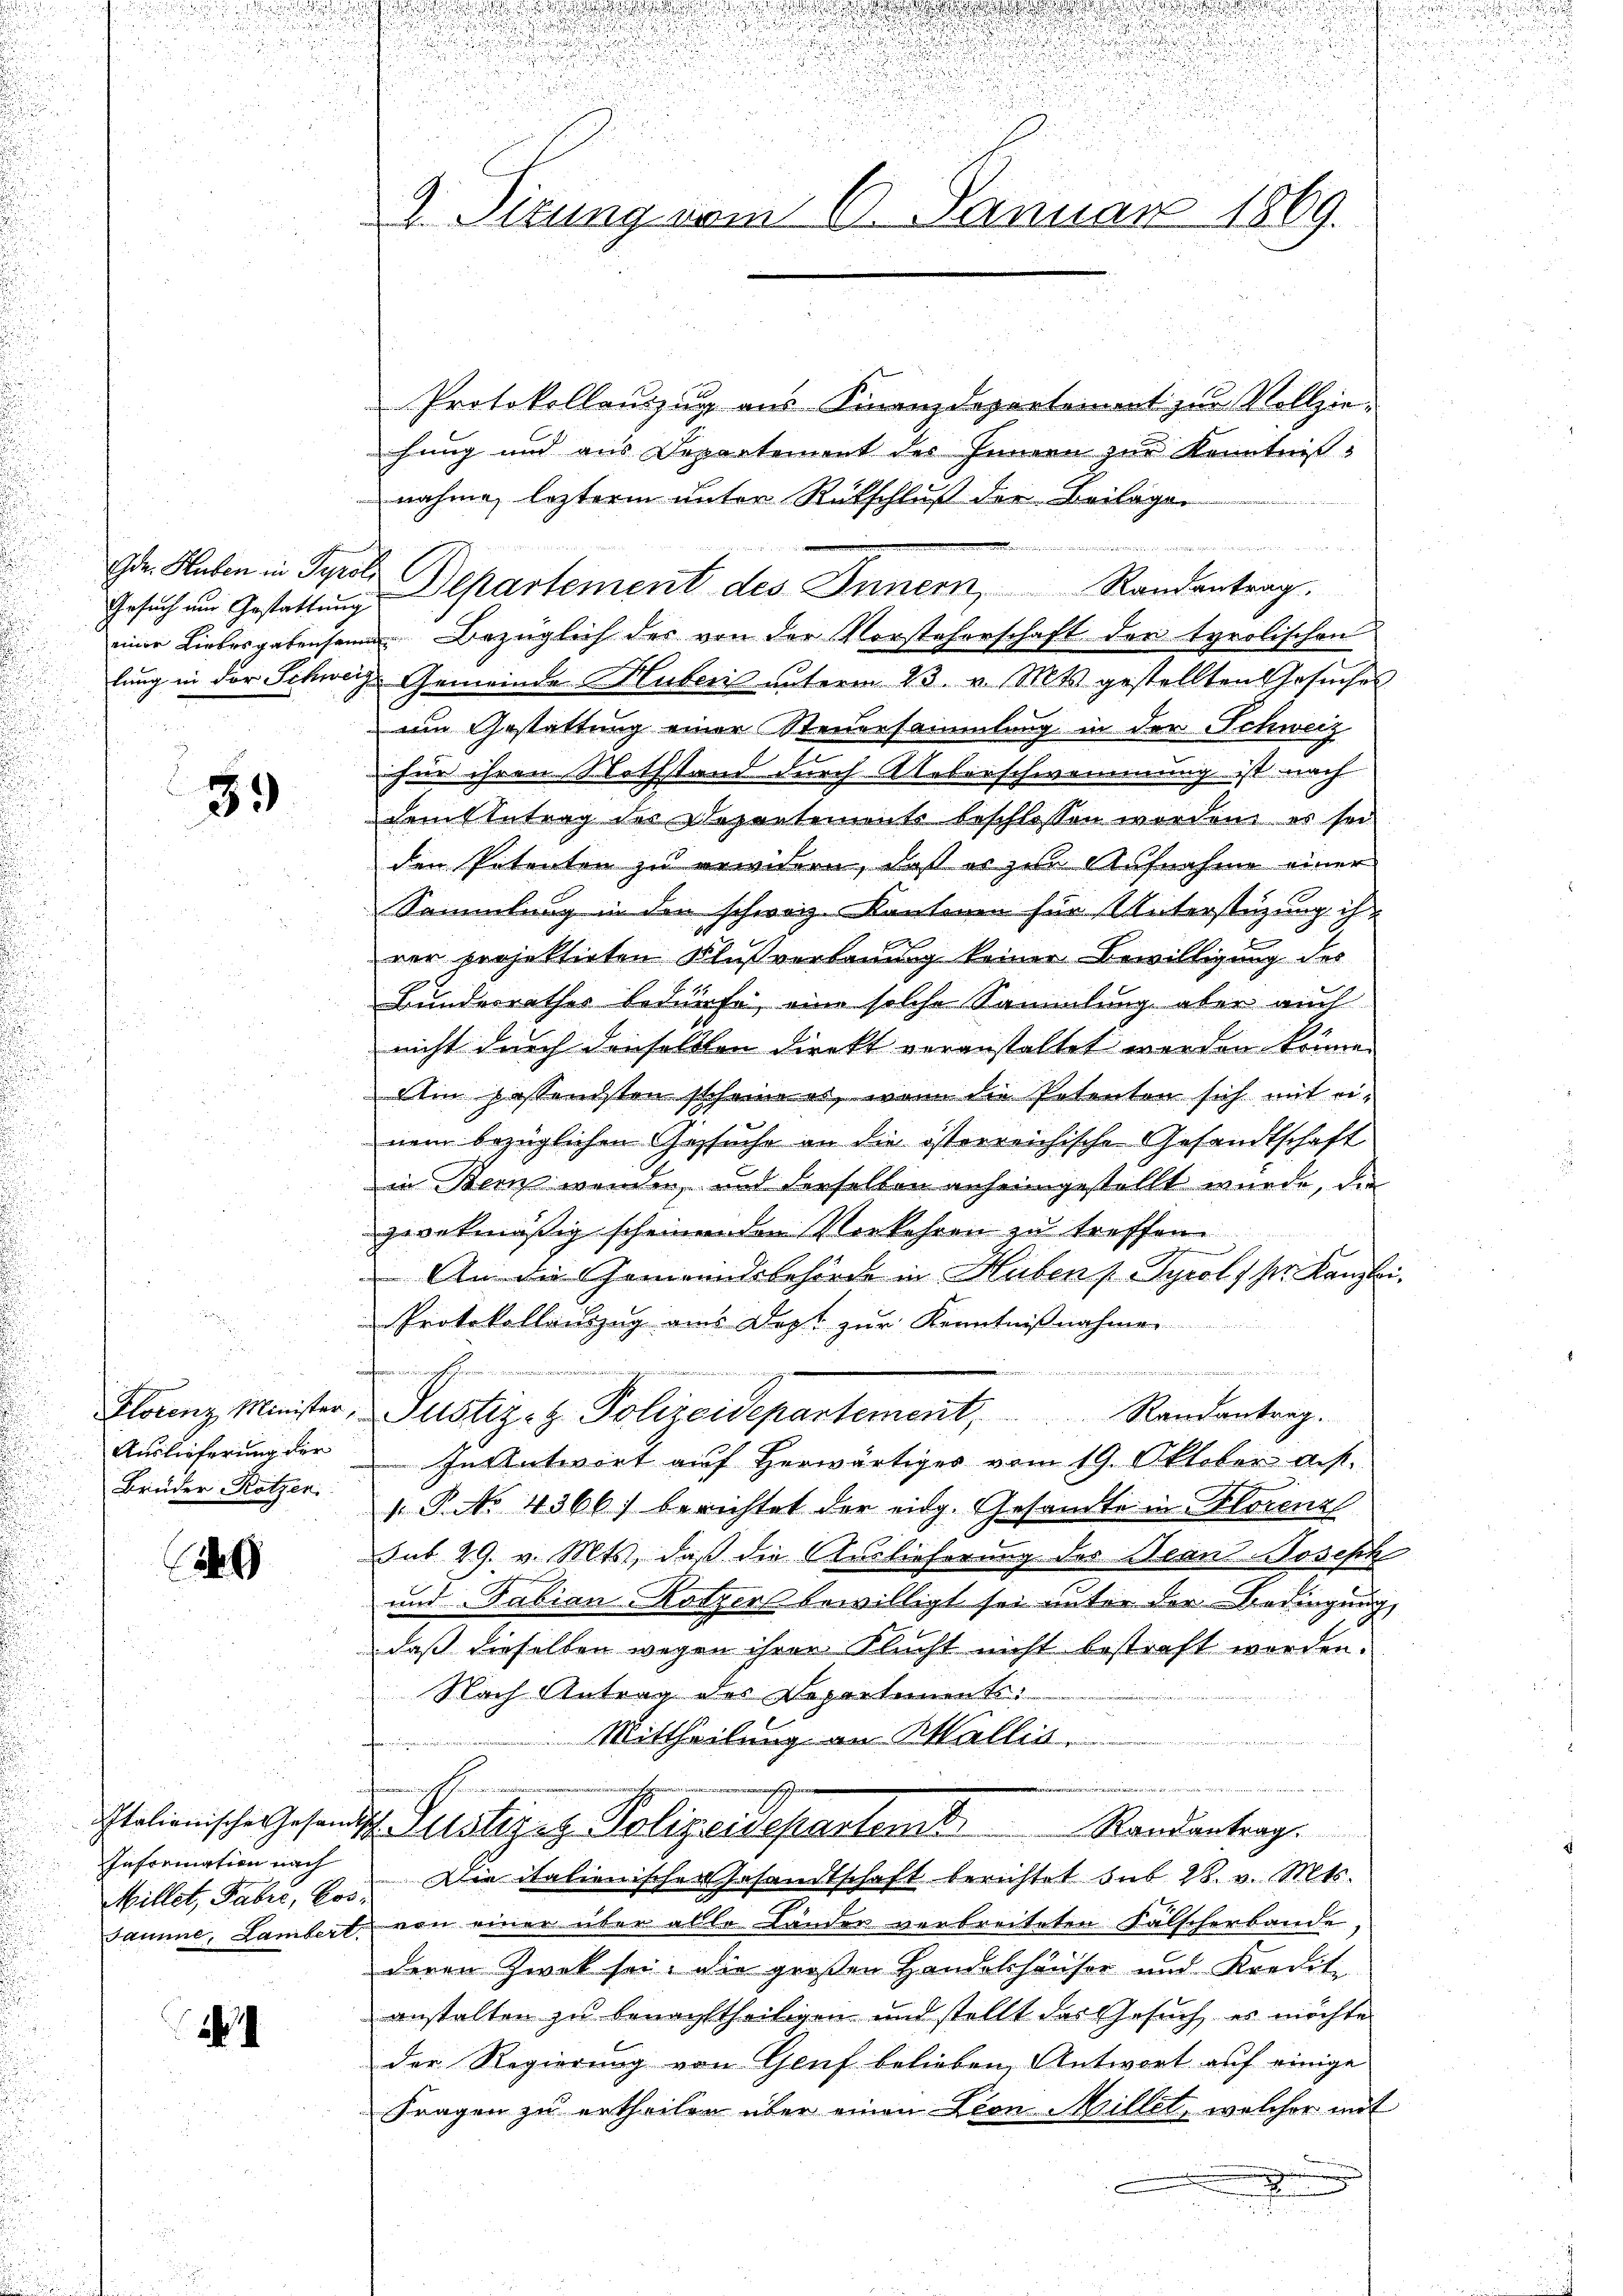
n

Gesuch nur Gestattung

59

Florenz Minister,
Auslieferung der
Brüder Rötzer

9

Information nach

24

u
u

2. Situng vom 5. anuar 1869.

u

Protokollanzzug aus Finanzdepartement zur Vollziehung und aus Departement des Jennen zur Kenntniß
nahme, lezterm unter Rückschluß der Beilagen

Der Haben in Pro Departement des Innern, Randentrag.
einer Liebesgabensame Bezüglich des von der Vorsteherschaft der tyrolischen
lung in der Schweize Gemeinde Huberis unterm 23. v. Mts. gestellten Gesuches
um Gestattung einer Steuersammlung in der Schweiz
für ihren Nothstand durch Ueberschwemmung ist nach
dem Antrag des Departemente beschlossen worden es sei
den Petenten zu erwidern, daß es zur Aufnahme einer
Sammlung in den schweiz. Kantonen für Unterstüzung ih
x
rer projektirten Klußverbauung keiner Bewilligung des
Bundesrathes bedürfe, eine solche Sammlung aber auch
nicht durch denselben direkt veranstaltet werden könne.
Ain passendsten scheine es, wenn die Petenten sich mit einem bezüglichen Gesuche an die österreichische Gesandtschaft
in Bern wenden, und derselben anheimgestellt wurde, die
zevetmäßig scheinenden Vorkehren zu treffen.
 An die Gemeindsbehörde in Huben ( Tyrol. pr. Kanzlei.
Protokollenzug aus Dopt zur Kenntnißnahmen
eichen

Justiz- & Polizeidepartement Randantrag.
In Antwort auf herwärtiges vom 19. Oktober aus.
 P. NNo. 4366) berichtet der eidg. Gesandte in Florenz
sut 29. v. Mts, daß die Auslieferung des Jean Joseph
und Fabian Kotzers bewilligt sei unter der Bedingung,
daß dieselben wegen ihrer Flucht nicht bestraft worden.
Nach Antrag des Departement¬
 Mittheilung an Wallis
n
d  den
egehren
Italionische Gesandtsch Zustizig Polizeidepartemb
Randantrag.
Millet, Fabri, bes. Die italienischen Gesandtschaft berichtet sub 28. v. Mts.
samine, Lambert von einer über alle Länder verbreiteten Fälscherbande,
deren Zweck sei. Die großen Handelshäuser und Kredite
anstalten zu benachtheiligen und stellt das Gesuch es möchte
der Regierung von Genf belieben, Antwort auf einige
Fragen zu ertheilen über einen Lion Millet, welcher mit
.